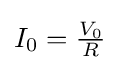
{\textstyle I_{0}={\frac {V_{0}}{R}}}